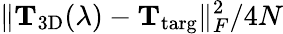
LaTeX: \lVert\mathbf{T}_{\mathrm{3D}}(\lambda)-\mathbf{T}_{\mathrm{targ}}\rVert_{F}^{2}/4N